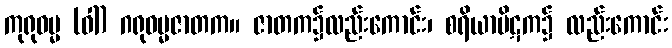
ကုရုဓမ္မ (ဝါ) ဂရုဓမ္မဇာတက။ ဇာတက၌လည်းကောင်း၊ စရိယာပိဋက၌ လည်းကောင်း